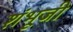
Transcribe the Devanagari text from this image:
शंभूजी